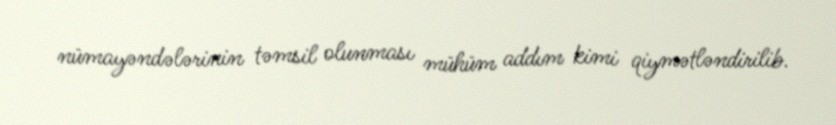
nümayəndələrinin təmsil olunması mühüm addım kimi qiymətləndirilib.